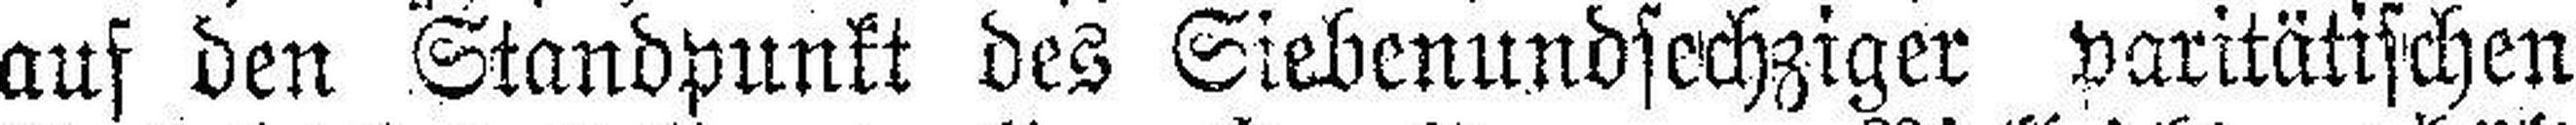
auf den Standpunkt des Siebenundsechziger paritätischen